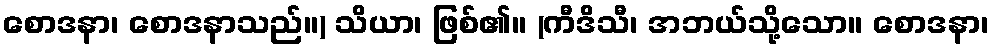
စောဒနာ၊ စောဒနာသည်။) သိယာ၊ ဖြစ်၏။ (ကီဒိသီ၊ အဘယ်သို့သော။ စောဒနာ၊